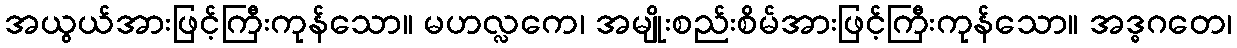
အယွယ်အားဖြင့်ကြီးကုန်သော။ မဟလ္လကေ၊ အမျိုးစည်းစိမ်အားဖြင့်ကြီးကုန်သော။ အဒ္ဓဂတေ၊